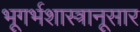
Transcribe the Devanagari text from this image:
भूगर्भशास्त्रानूसार